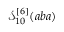
\mathcal { S } _ { 1 0 } ^ { [ 6 ] } ( a b a )